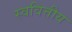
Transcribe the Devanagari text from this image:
स्ववित्तीय